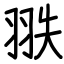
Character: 翐